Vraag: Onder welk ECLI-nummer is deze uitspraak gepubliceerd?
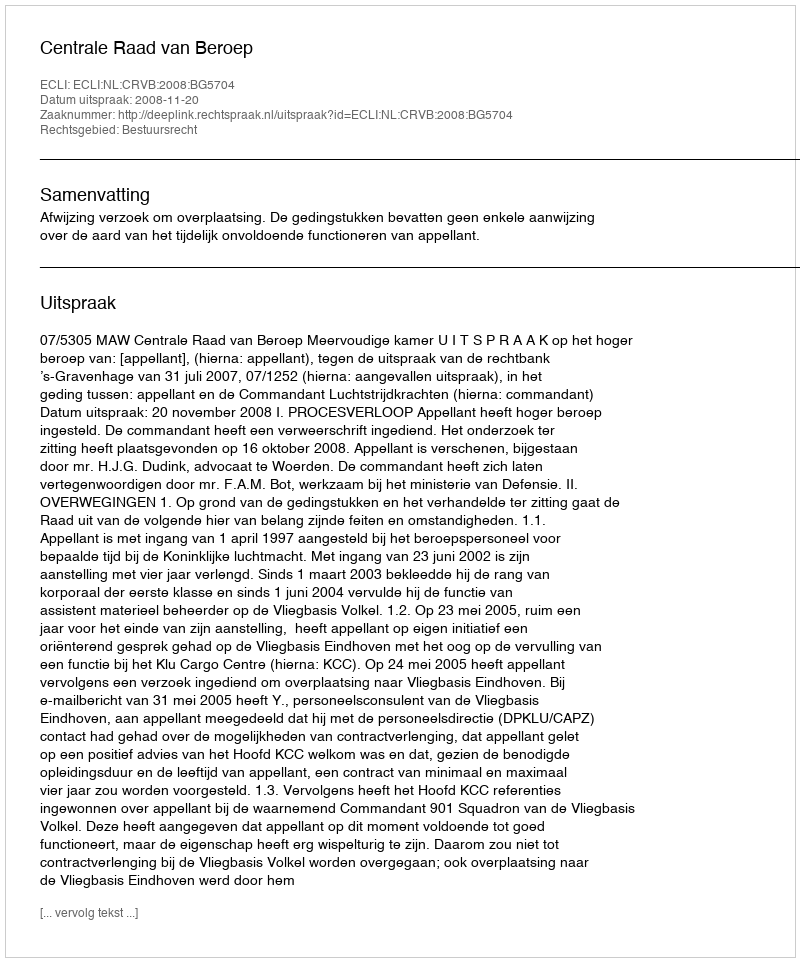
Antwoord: ECLI:NL:CRVB:2008:BG5704